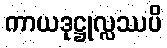
ကာယဒုဋ္ဌုလ္လဿပိ